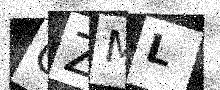
Text: CZML